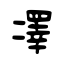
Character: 凙